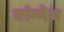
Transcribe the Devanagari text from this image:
वांग्मेय